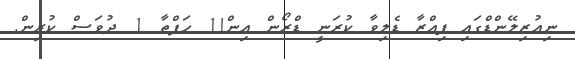
ނިއުޒިލޭންޑްގައި ޕިއްޒާ ޑެލިވާ ކުރަނީ ޑްރޯން އިން!1 ހަފްތާ 1 ދުވަސް ކުރިން.